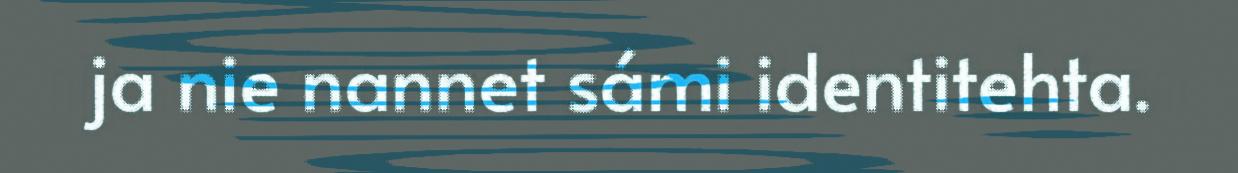
ja nie nannet sámi identitehta.